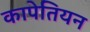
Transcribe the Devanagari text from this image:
कापेतियन